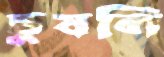
চুষলি